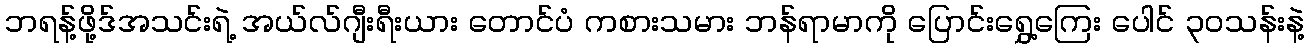
ဘရန့်ဖို့ဒ်အသင်းရဲ့ အယ်လ်ဂျီးရီးယား တောင်ပံ ကစားသမား ဘန်ရာမာကို ပြောင်းရွှေ့ကြေး ပေါင် ၃၀သန်းနဲ့